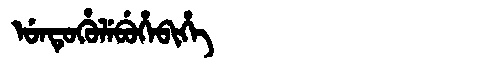
Manchu: ᡠᠨᡨᡠᡥᡠᠯᡝᠪᡠᡥᡝᠪᡳᡥᡝ
Romanization: UNTUHULEBUHEBIHE